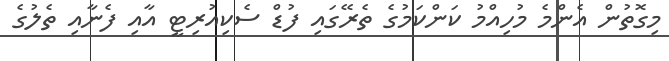
މިގޮތުން އެންމެ މުހިއްމު ކަންކަމުގެ ތެރޭގައި ފުޑް ސެކިއުރިޓީ އާއި ފެނާއި ތެލުގެ